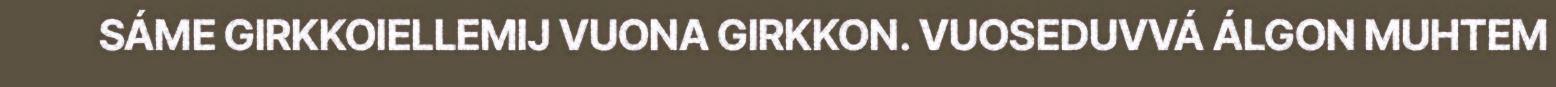
SÁME GIRKKOIELLEMIJ VUONA GIRKKON. VUOSEDUVVÁ ÁLGON MUHTEM